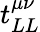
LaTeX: t_{LL}^{\mu\nu}